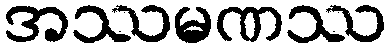
အဿမဏဿ